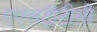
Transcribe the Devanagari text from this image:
एएलटीटीसी